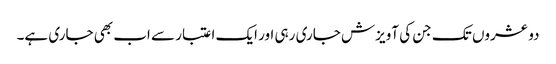
دو عشروں تک جن کی آویزش جاری رہی اور ایک اعتبار سے اب بھی جاری ہے۔